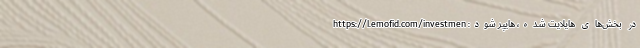
در بخش‌های هایلایت شده، هایپر شود: https://l.emofid.com/investmen